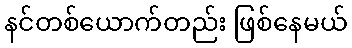
နင်တစ်ယောက်တည်း ဖြစ်နေမယ်